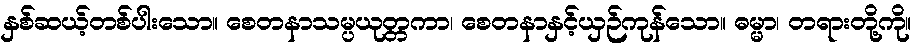
နှစ်ဆယ့်တစ်ပါးသော။ စေတနာသမ္ပယုတ္တကာ၊ စေတနာနှင့်ယှဉ်ကုန်သော။ ဓမ္မာ၊ တရားတို့ကို။